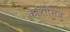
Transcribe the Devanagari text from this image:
काॅरोसिव